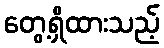
တွေ့ရှိထားသည့်